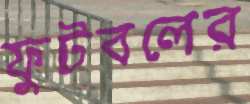
ফুটবলের